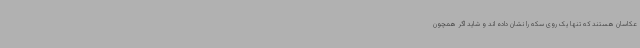
عکاسان هستند که تنها یک روی سکه را نشان داده اند و شاید اگر همچون